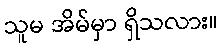
သူမ အိမ်မှာ ရှိသလား။